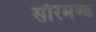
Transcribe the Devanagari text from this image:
सौरमण्ड